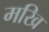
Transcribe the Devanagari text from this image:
मखि